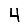
Digit: 4